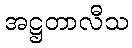
အဋ္ဌတာလီသ